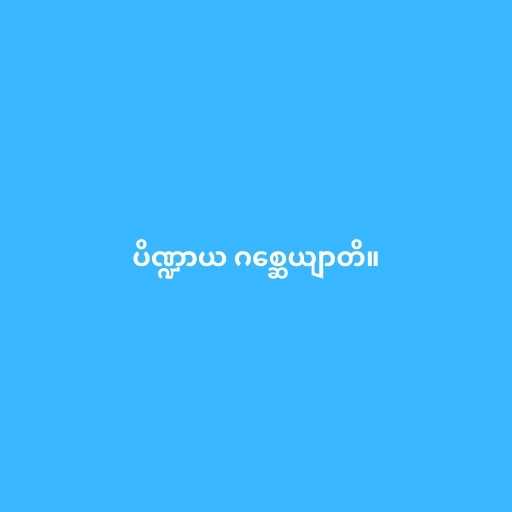
ပိဏ္ဍာယ ဂစ္ဆေယျာတိ။